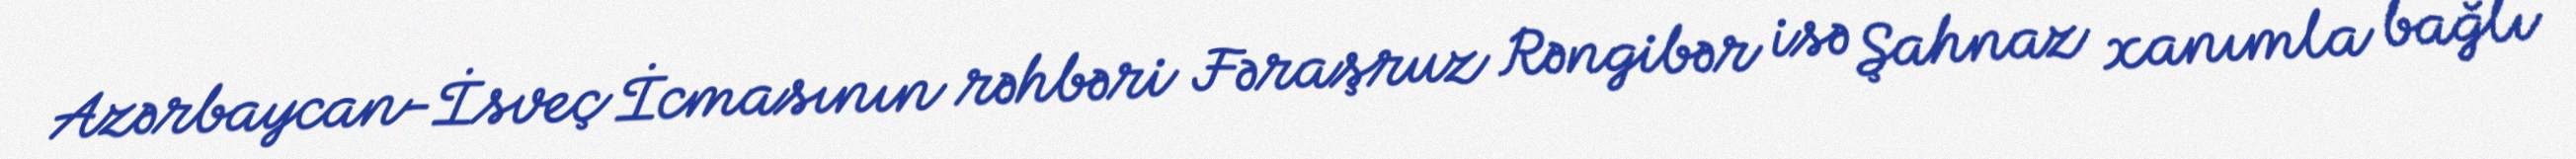
Azərbaycan-İsveç İcmasının rəhbəri Fəraşruz Rəngibər isə Şahnaz xanımla bağlı